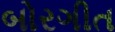
બોરગીત